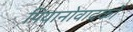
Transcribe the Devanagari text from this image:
पियानोवादकों